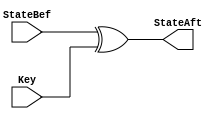
module AddRoundKey (input [127:0] StateBef,Key,output  [127:0] StateAft);

assign StateAft= StateBef^Key;

endmodule